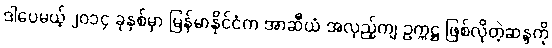
ဒါပေမယ့် ၂၀၁၄ ခုနှစ်မှာ မြန်မာနိုင်ငံက အာဆီယံ အလှည့်ကျ ဥက္ကဋ္ဌ ဖြစ်လိုတဲ့ဆန္ဒကို